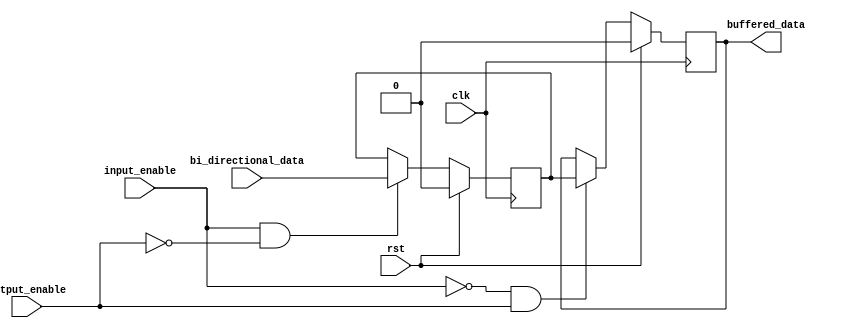
module io_block_compensated_buffer (
    input wire clk,
    input wire rst,
    input wire bi_directional_data,
    input wire input_enable,
    input wire output_enable,
    output reg buffered_data
);

reg internal_data;

always @(posedge clk) begin
    if (rst) begin
        internal_data <= 0;
        buffered_data <= 0;
    end else begin
        if (input_enable && ~output_enable) begin
            internal_data <= bi_directional_data;
        end
        if (~input_enable && output_enable) begin
            buffered_data <= internal_data;
        end
    end
end

endmodule